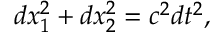
d x _ { 1 } ^ { 2 } + d x _ { 2 } ^ { 2 } = c ^ { 2 } d t ^ { 2 } ,